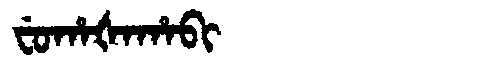
Manchu: ᠸᡠᡥᠠᡧᠠᡥᠠᠪᡳ
Romanization: FUHAŠAHABI